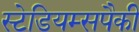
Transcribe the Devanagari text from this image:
स्टेडियम्सपैकी